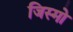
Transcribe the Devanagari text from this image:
जिस्मो